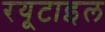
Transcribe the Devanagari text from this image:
रयूटाइल